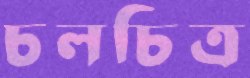
চলচিত্র